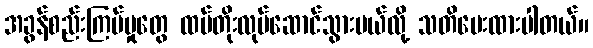
အခွန်စည်းကြပ်မှုတွေ ထပ်တိုးလုပ်ဆောင်သွားမယ်လို့ သတိပေးထားပါတယ်။